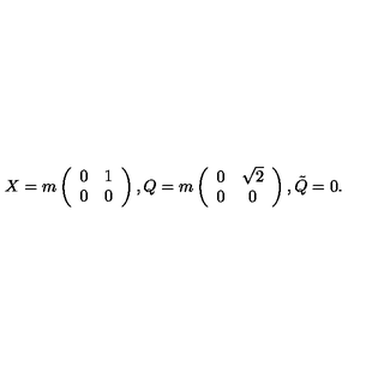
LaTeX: X = m \left( \begin{array} { c c } { 0 } & { 1 } \\ { 0 } & { 0 } \\ \end{array} \right) , Q = m \left( \begin{array} { c c } { 0 } & { \sqrt { 2 } } \\ { 0 } & { 0 } \\ \end{array} \right) , \tilde { Q } = 0 .